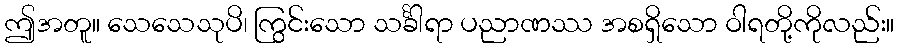
ဤအတူ။ သေသေသုပိ၊ ကြွင်းသော သင်္ခါရာ ပညာဏဿ အစရှိသော ဝါရတို့ကိုလည်း။